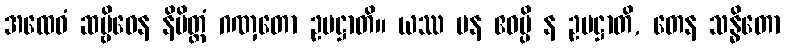
အထေဝံ ဆဗ္ဗိဓေန နိမိတ္တံ ဂဏှတော ဥပဋ္ဌာတိ။ ယဿ ပန ဧဝမ္ပိ န ဥပဋ္ဌာတိ, တေန သန္ဓိတော